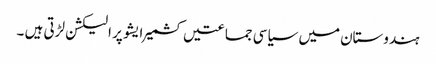
ہندوستان میں سیاسی جماعتیں کشمیر ایشو پر الیکشن لڑتی ہیں ۔